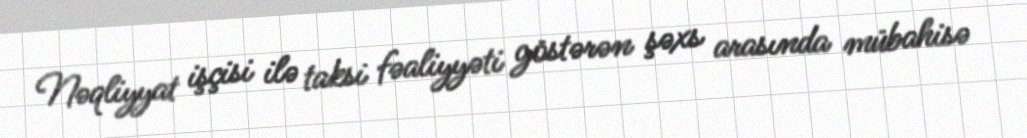
Nəqliyyat işçisi ilə taksi fəaliyyəti göstərən şəxs arasında mübahisə